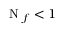
\mathrm { ~ N ~ } _ { f } < 1